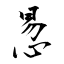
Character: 惖